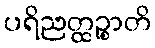
ပရိညတ္ထဉ္စာတိ